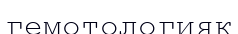
гемотологияқ